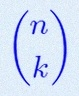
\binom{n}{k}